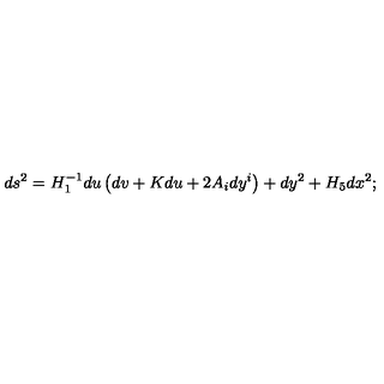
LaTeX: d s ^ { 2 } = H _ { 1 } ^ { - 1 } d u \left( d v + K d u + 2 A _ { i } d y ^ { i } \right) + d y ^ { 2 } + H _ { 5 } d x ^ { 2 } ;